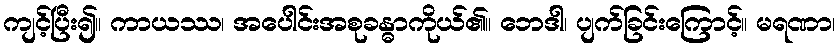
ကျင့်ပြီး၍။ ကာယဿ၊ အပေါင်းအစုခန္ဓာကိုယ်၏။ ဘေဒါ၊ ပျက်ခြင်းကြောင့်။ မရဏာ၊